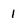
Character: 1